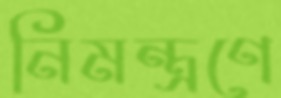
নিমন্ত্রণে